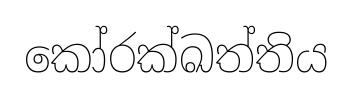
කෝරක්ඛත්තිය